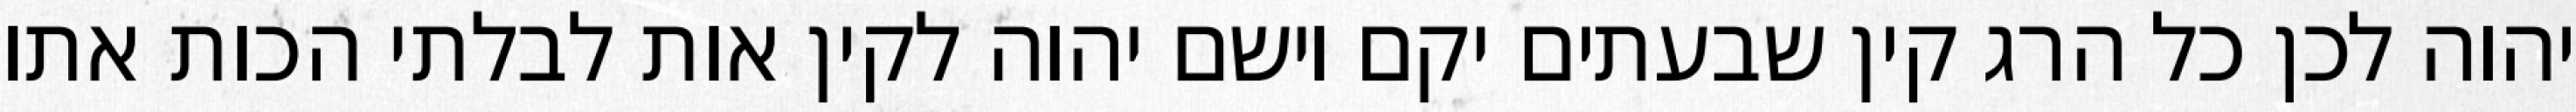
יהוה לכן כל הרג קין שבעתים יקם וישם יהוה לקין אות לבלתי הכות אתו